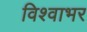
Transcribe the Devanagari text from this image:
विश्वाभर